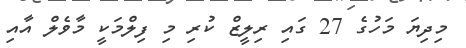
މިދިޔަ މަހުގެ 27 ގައި ރިލީޒް ކުރި މި ފިލްމަކީ މާވެލް އާއި